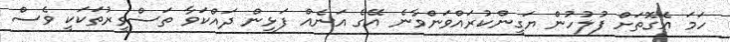
ހަމަ އެގޮތަށް ފުލުހުން ޔަގީންކުރައްވަންވާނެ އޭގެ އަނެއް ފަޅިން ދައްކަވާ ތަސްވީރުތަކަކީ ވެސް